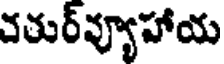
చతుర్వ్యూహాయ